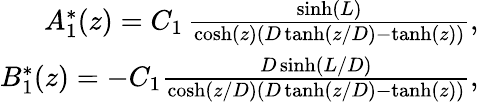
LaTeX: \begin{array}{r}{A_{1}^{*}(z)=C_{1}\, \frac{\sinh(L)}{\cosh(z)(D\operatorname{tanh}(z/D)-\operatorname{tanh}(z))},}\\ {B_{1}^{*}(z)=-C_{1}\frac{D\sinh(L/D)}{\cosh(z/D)(D\operatorname{tanh}(z/D)-\operatorname{tanh}(z))},}\end{array}